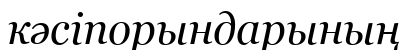
кәсіпорындарының